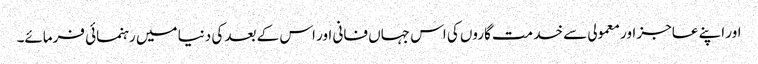
اور اپنے عاجز اور معمولی سے خد مت گاروں کی اس جہاں فانی اور اس کے بعد کی دنیا میں رہنمائی فرمائے۔